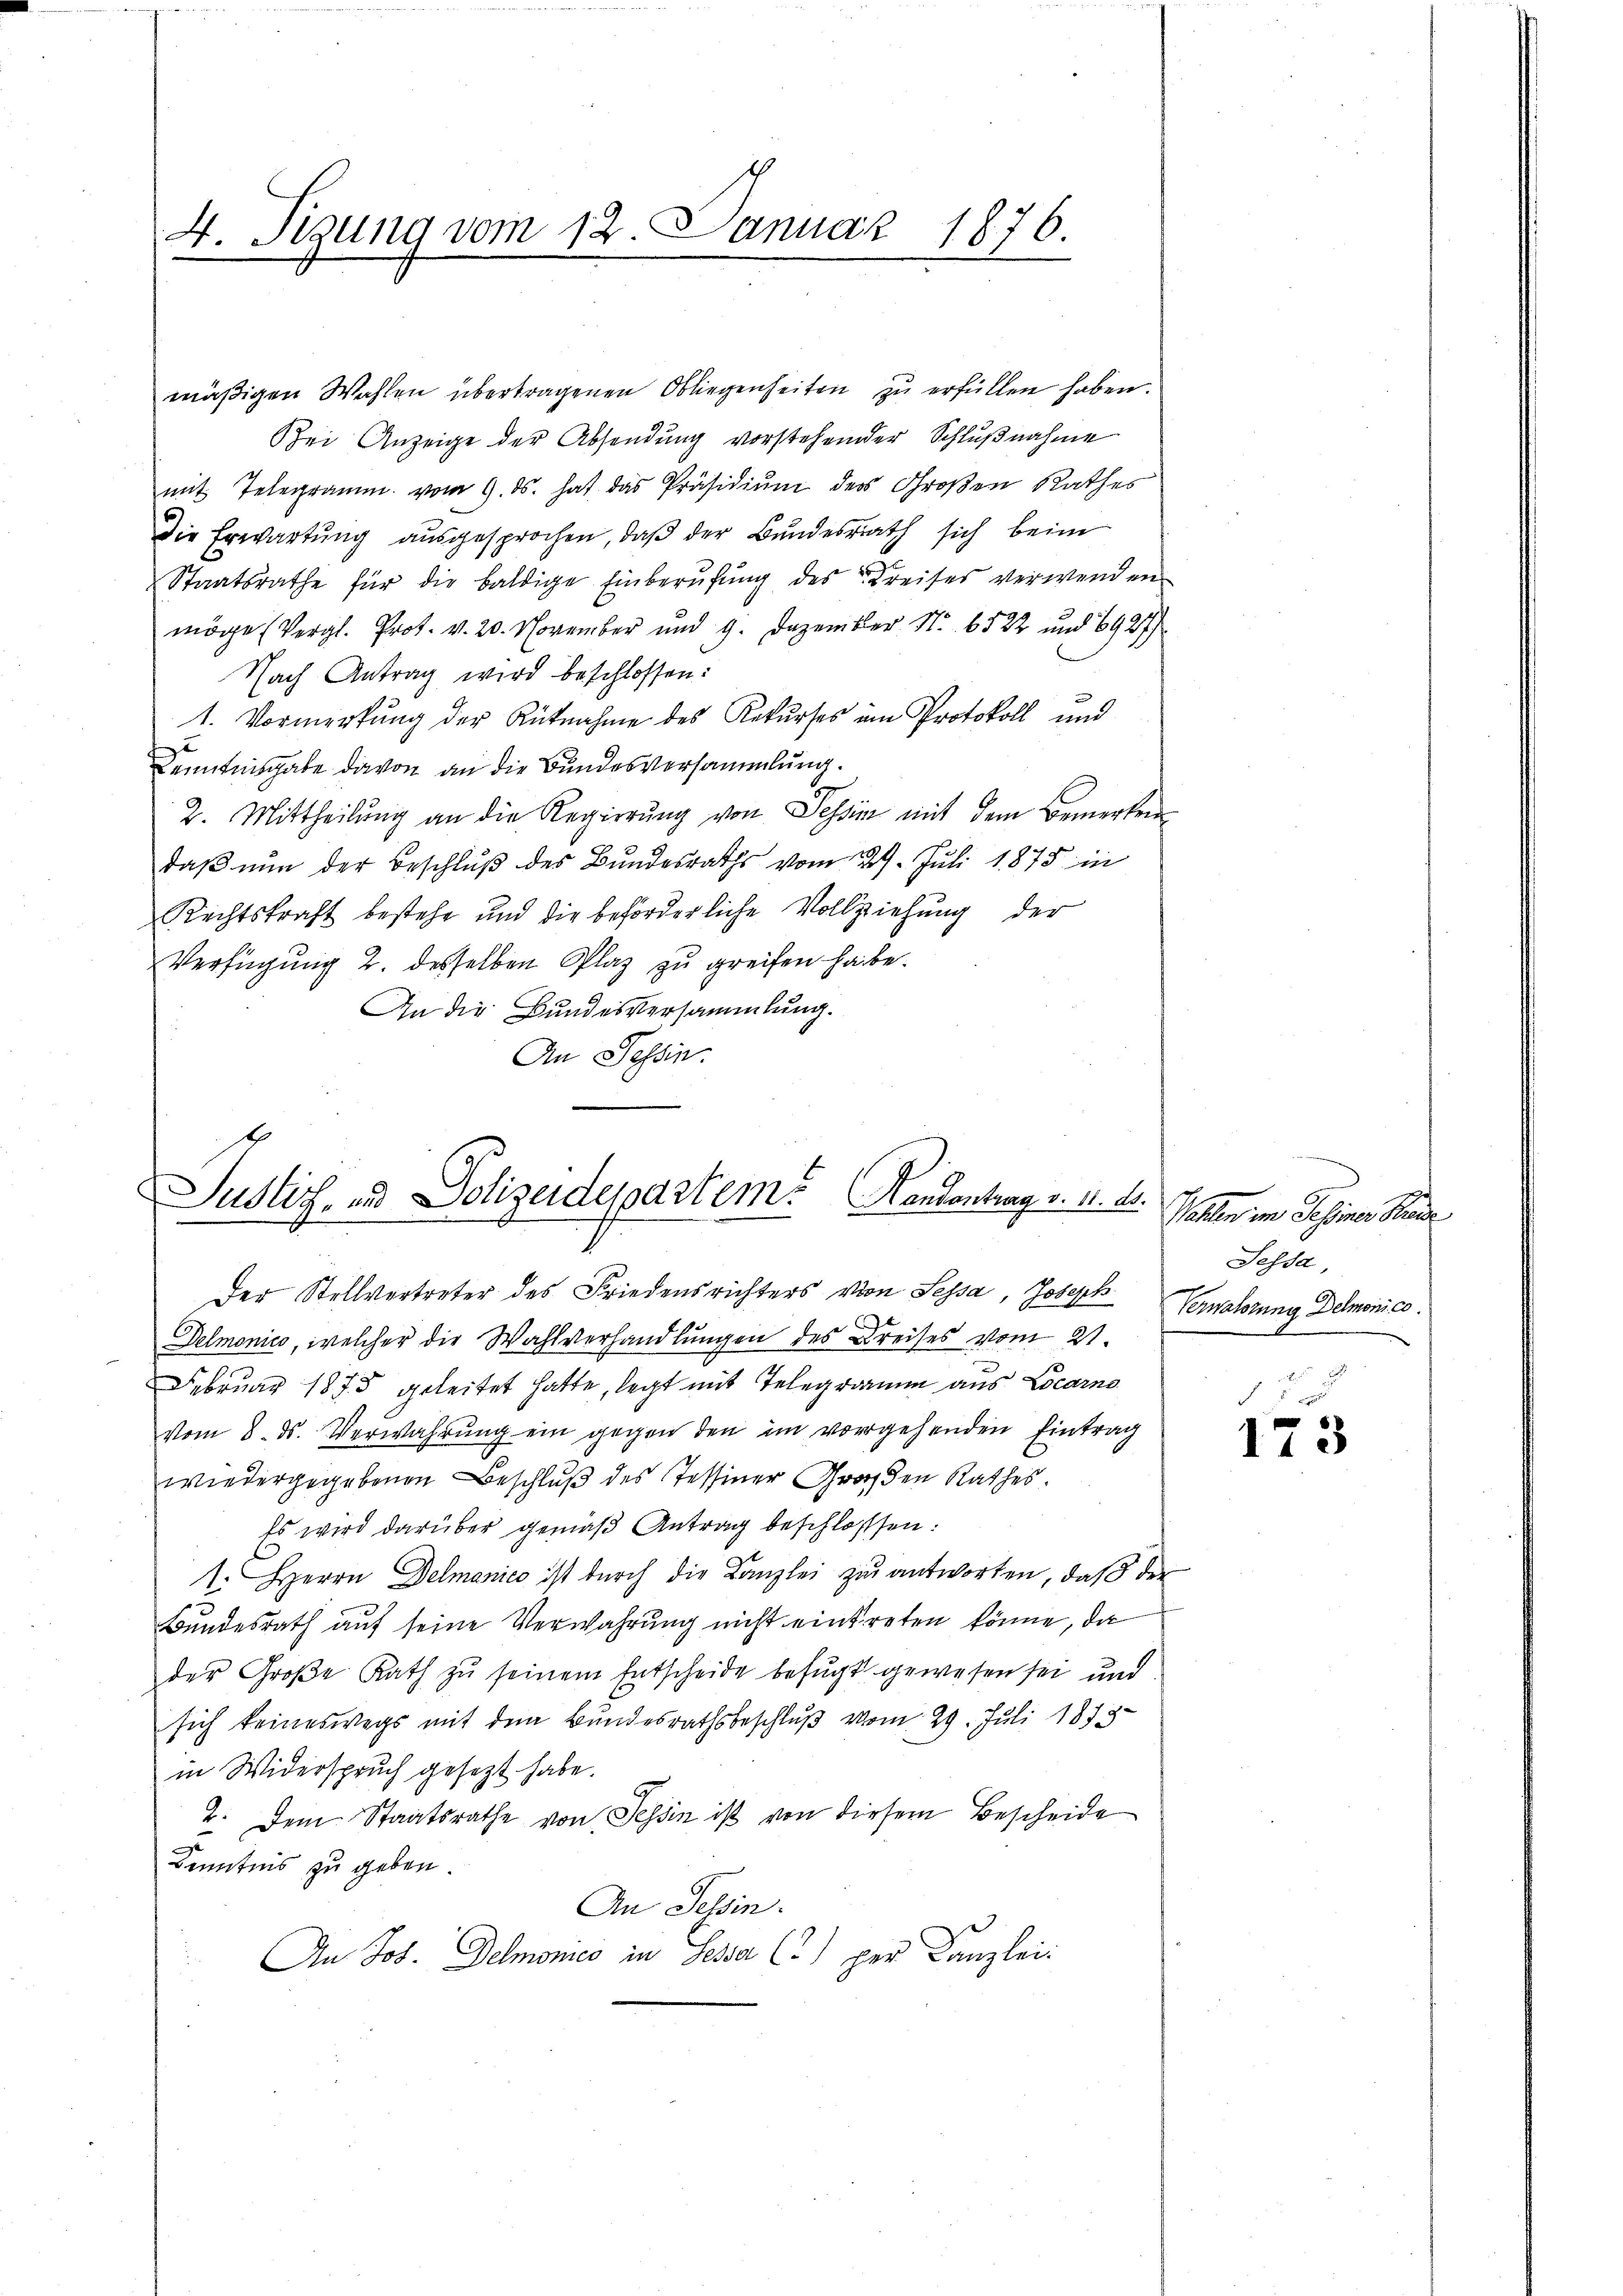
4. Tigung vom 12. Januar 1876.
1

mäßigen Wahlen übertragenen Obliegenheiten zu erfüllen haben.
Bei Anzeige der Absendung vorstehender Schlŭβnahme
mit Telegramm vom 9. ds. hat das Präsidium des Großen Rathes
Die Erwartung ausgesprochen, daß der Bundesrath sich beim
Staatsrathe für die baldige Einberŭfŭng des Kreises verwenden
möge (Vergl. Prot. v. 20. November und 9. Dezember Nr. 6522 und 6927
Nach Antrag wird beschlossen:
1. Vormerkung der Rüknahme des Rekurses im Protokoll und
Kenntnisgabe davon an die Bundesversammlung.
2. Mittheilung an die Regierŭng von Tessin mit dem Bemerken
daβ nŭn der Beschlŭβ des Bundesraths vom 29. Juli 1875 in
Rechtskraft bestehe und die beförderliche Vollziehung der
Verfügung 2. desselben Plaz zu greifen habe.
An die Bundesversammlung.
An Tessin.

h
Justiz- und Polizeidepartem Handentrag v. 11. ds.

Der Stellvertreter des Friedensrichters von Sessa, Joseph Vermalerung Demonico.
e
Delmonico, welcher die Wahlverhandlungen des Kreises vom 21.

Februar 1875 geleitet hatte, legt mit Telegramm aus Locarno
vom 8. ds. Verwahrŭng ein gegen den im vorgehenden Eintrag
wiedergegebenen Beschluß des Tessiner Großen Rathes.
Es wird darüber gemäß Antrag beschlossen:
1. Herrn Delmanico ist dŭrch die Kanzlei zu antworten, daβ der
Bundesrath auf seine Verwahrung nicht eintreten könne, da
der Große Rath zŭ seinem Entscheide befugt gewesen sei und
sich keineswegs mit dem Bundesrathsbeschluß vom 29. Juli 1873
in Widerspruch gesezt habe.
2. Dem Staatsrathe von Tessin ist von diesem Bescheide
Kenntnis zu geben
An Tessin.
An Jos. Delmones in Sessa (?) per Canzlei:

t
Wahlen im Gesiner Kinde
Sessa,

173